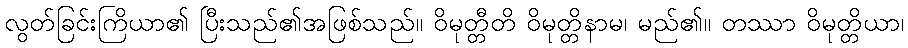
လွတ်ခြင်းကြိယာ၏ ပြီးသည်၏အဖြစ်သည်။ ဝိမုတ္တီတိ ဝိမုတ္တိနာမ၊ မည်၏။ တဿာ ဝိမုတ္တိယာ၊